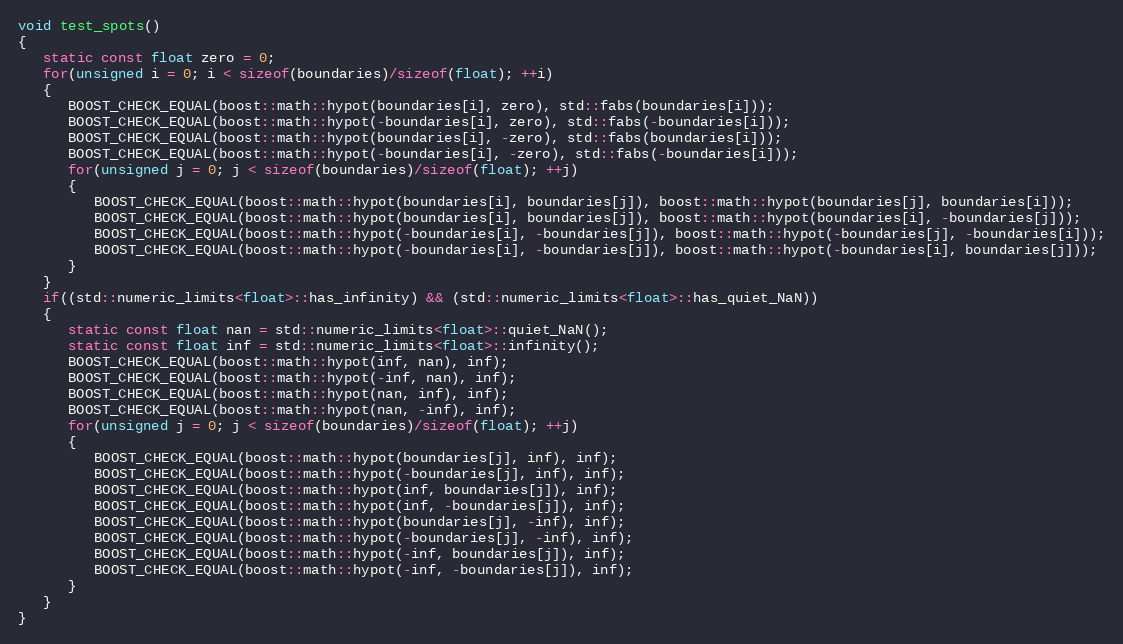
Language: C++
void test_spots()
{
   static const float zero = 0;
   for(unsigned i = 0; i < sizeof(boundaries)/sizeof(float); ++i)
   {
      BOOST_CHECK_EQUAL(boost::math::hypot(boundaries[i], zero), std::fabs(boundaries[i]));
      BOOST_CHECK_EQUAL(boost::math::hypot(-boundaries[i], zero), std::fabs(-boundaries[i]));
      BOOST_CHECK_EQUAL(boost::math::hypot(boundaries[i], -zero), std::fabs(boundaries[i]));
      BOOST_CHECK_EQUAL(boost::math::hypot(-boundaries[i], -zero), std::fabs(-boundaries[i]));
      for(unsigned j = 0; j < sizeof(boundaries)/sizeof(float); ++j)
      {
         BOOST_CHECK_EQUAL(boost::math::hypot(boundaries[i], boundaries[j]), boost::math::hypot(boundaries[j], boundaries[i]));
         BOOST_CHECK_EQUAL(boost::math::hypot(boundaries[i], boundaries[j]), boost::math::hypot(boundaries[i], -boundaries[j]));
         BOOST_CHECK_EQUAL(boost::math::hypot(-boundaries[i], -boundaries[j]), boost::math::hypot(-boundaries[j], -boundaries[i]));
         BOOST_CHECK_EQUAL(boost::math::hypot(-boundaries[i], -boundaries[j]), boost::math::hypot(-boundaries[i], boundaries[j]));
      }
   }
   if((std::numeric_limits<float>::has_infinity) && (std::numeric_limits<float>::has_quiet_NaN))
   {
      static const float nan = std::numeric_limits<float>::quiet_NaN();
      static const float inf = std::numeric_limits<float>::infinity();
      BOOST_CHECK_EQUAL(boost::math::hypot(inf, nan), inf);
      BOOST_CHECK_EQUAL(boost::math::hypot(-inf, nan), inf);
      BOOST_CHECK_EQUAL(boost::math::hypot(nan, inf), inf);
      BOOST_CHECK_EQUAL(boost::math::hypot(nan, -inf), inf);
      for(unsigned j = 0; j < sizeof(boundaries)/sizeof(float); ++j)
      {
         BOOST_CHECK_EQUAL(boost::math::hypot(boundaries[j], inf), inf);
         BOOST_CHECK_EQUAL(boost::math::hypot(-boundaries[j], inf), inf);
         BOOST_CHECK_EQUAL(boost::math::hypot(inf, boundaries[j]), inf);
         BOOST_CHECK_EQUAL(boost::math::hypot(inf, -boundaries[j]), inf);
         BOOST_CHECK_EQUAL(boost::math::hypot(boundaries[j], -inf), inf);
         BOOST_CHECK_EQUAL(boost::math::hypot(-boundaries[j], -inf), inf);
         BOOST_CHECK_EQUAL(boost::math::hypot(-inf, boundaries[j]), inf);
         BOOST_CHECK_EQUAL(boost::math::hypot(-inf, -boundaries[j]), inf);
      }
   }
}